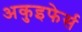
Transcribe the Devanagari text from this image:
अकुइफेर्स